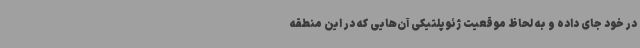
در خود جای داده و به لحاظ موقعیت ژئوپلتیکی آن‌هایی که در این منطقه